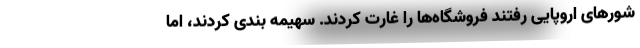
شورهای اروپایی رفتند فروشگاه‌ها را غارت کردند. سهیمه بندی کردند، اما